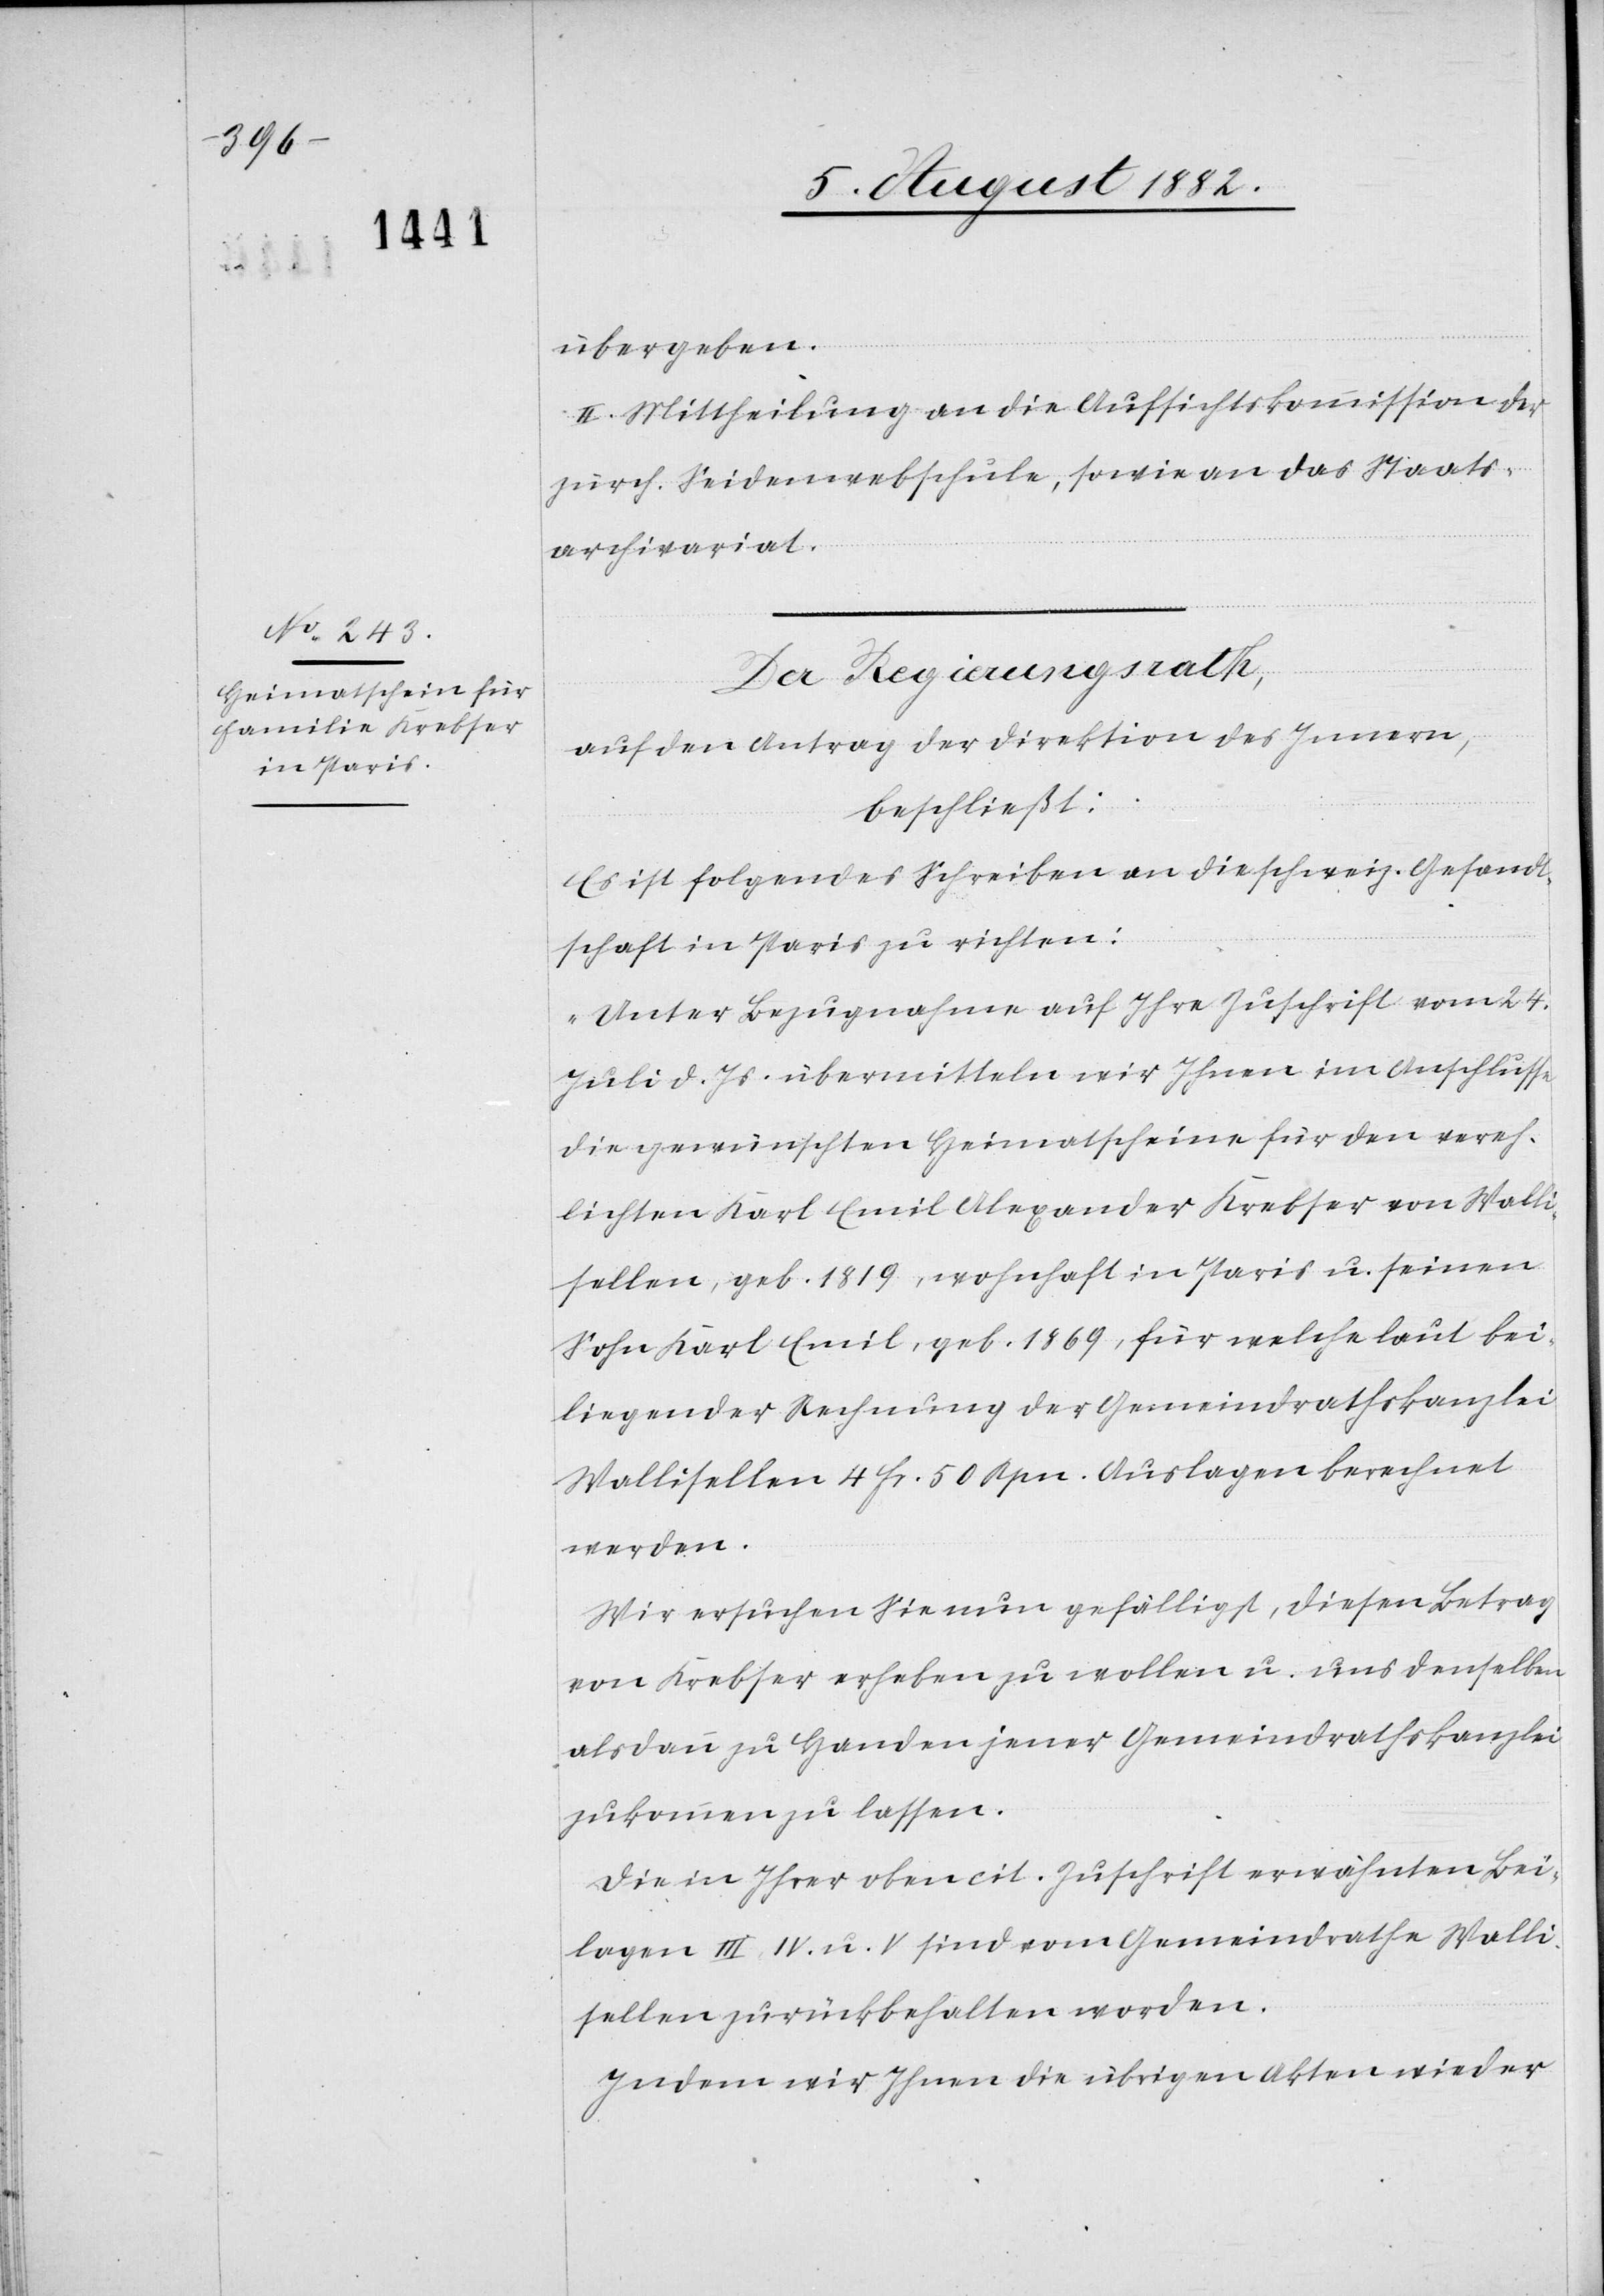
übergeben.
II. Mittheilung an die Aufsichtskommission der
zürch. Seidenwebschule, sowie an das Staats¬
archivariat
Der Regierungsrath,
auf den Antrag der Direktion des Innern,
beschließt:
Es ist folgendes Schreiben an die schweiz. Gesandt¬
schaft in Paris zu richten:
„Unter Bezugnahme auf Ihre Zuschrift vom 24.
Juli d. Js. übermitteln wir Ihnen im Anschlusse
die gewünschten Heimatscheine für den verehe¬
lichten Karl Emil Alexander Krebser von Walli¬
sellen, geb. 1819, wohnhaft in Paris u. seinen
Sohn Karl Emil, geb. 1869, für welche laut bei¬
liegender Rechnung der Gemeindrathskanzlei
Wallisellen 4 Fr. 50 Rpn. Auslagen berechnet
werden.
Wir ersuchen Sie nun gefälligst, diesen Betrag
von Krebser erheben zu wollen u. und denselben
alsdann zu Handen jener Gemeindrathskanzlei
zukommen zu lassen.
Die in Ihrer oben cit. Zuschrift erwähnten Bei¬
lagen III, IV u. V sind vom Gemeindrathe Walli¬
sellen zurückbehalten worden.
Indem wir Ihnen die übrigen Akten wieder